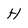
Character: H